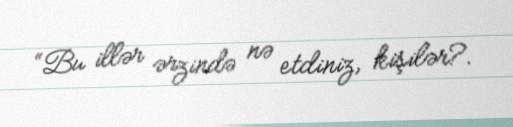
“Bu illər ərzində nə etdiniz, kişilər?.